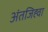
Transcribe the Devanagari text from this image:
अंतजिह्वा